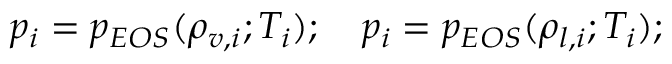
p _ { i } = p _ { E O S } ( \rho _ { v , i } ; T _ { i } ) ; ~ ~ ~ p _ { i } = p _ { E O S } ( \rho _ { l , i } ; T _ { i } ) ;